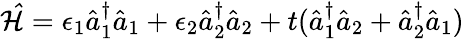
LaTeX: \begin{array}{r}{\mathcal{\hat{H}}=\epsilon_{1}\hat{a}_{1}^{\dagger}\hat{a}_{1}+\epsilon_{2}\hat{a}_{2}^{\dagger}\hat{a}_{2}+t(\hat{a}_{1}^{\dagger}\hat{a}_{2}+\hat{a}_{2}^{\dagger}\hat{a}_{1})}\end{array}